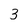
Character: 3